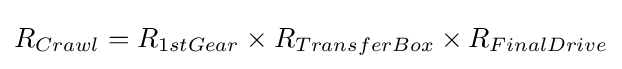
R_{Crawl}=R_{1stGear}\times R_{TransferBox}\times R_{FinalDrive}